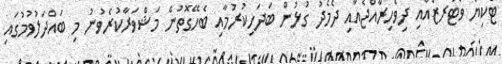
ޓޯކިޔޯ ވޯޓަރޒްއާއި ދިވެހިރާއްޖެއާއި ދެމެދު ގުޅުން ބަދަހިކުރުމާއި ބެހޭގޮތުން މަޝްވަރާކުރެވުނު މި ބައްދަލުވުމުގައި